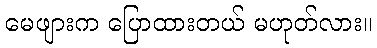
မေဖျားက ပြောထားတယ် မဟုတ်လား။